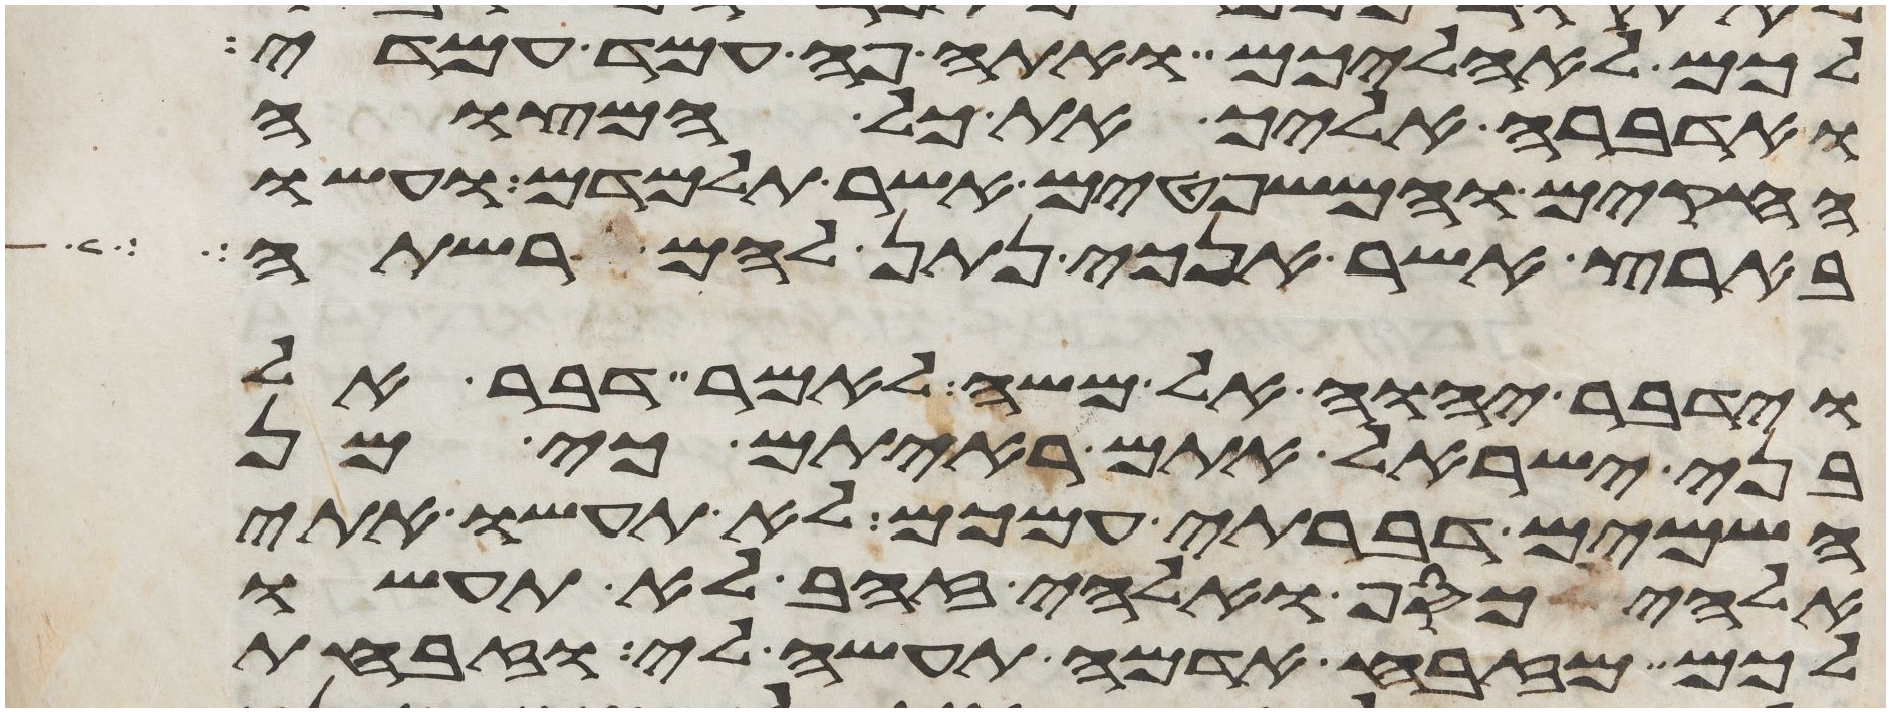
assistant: לכם לאהליכם ואתה פה עמד עמדי
ואדברה אליך את כל המצוה
החקים והמשפטים אשר תלמדם ועשו
בארץ אשר אנכי נתן להם לרשתה
וידבר יהוה אל משה לאמר דבר אל
בני ישראל אתם ראיתם כי מן
השמים דברתי עמכם לא תעשו אתי
אלהי כסף ואלהי זהב לא תעשו
לכם מזבח אדמה תעשה לי וזבחת